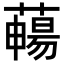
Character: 𦿄